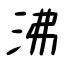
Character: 沸